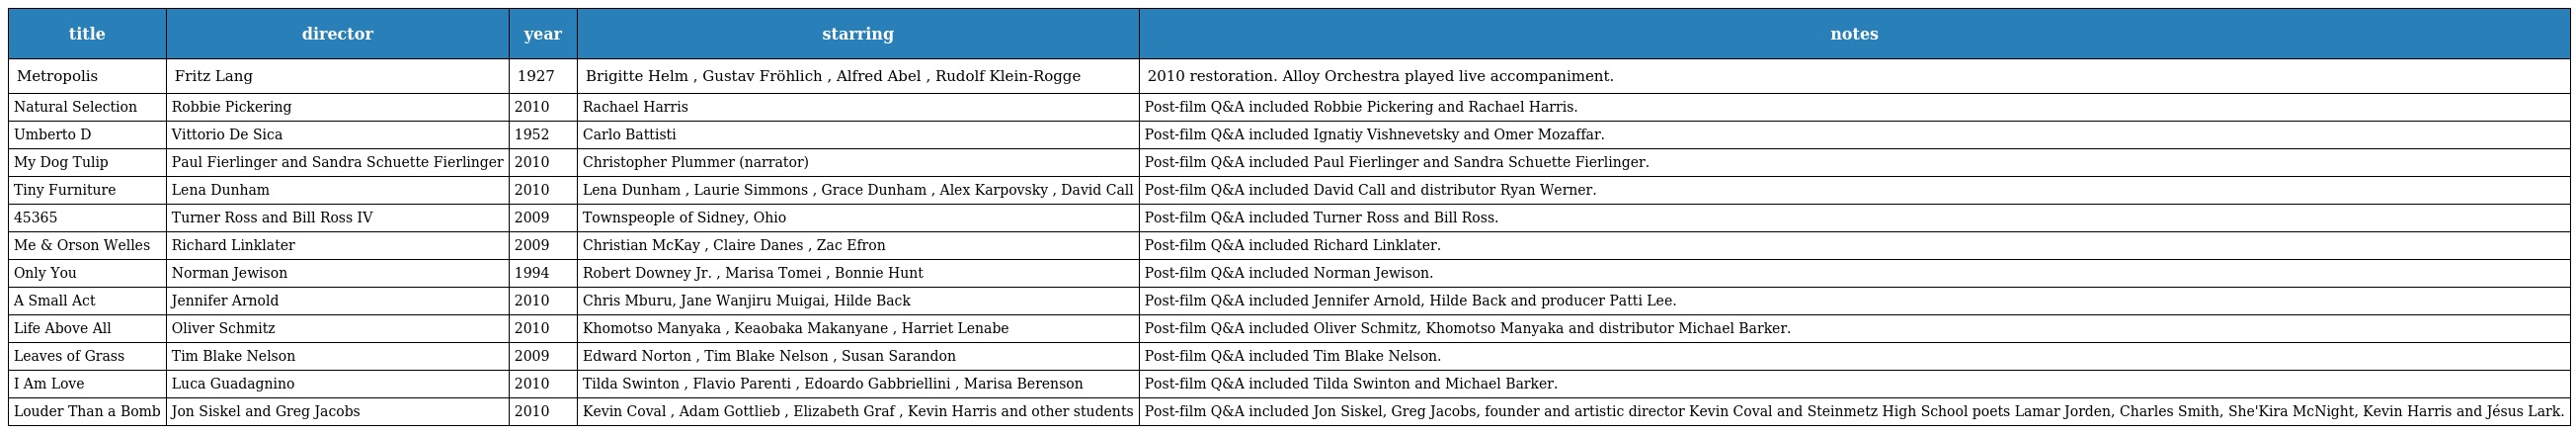
| title | director | year | starring | notes |
 | --- | --- | --- | --- | --- |
 | Metropolis | Fritz Lang | 1927 | Brigitte Helm , Gustav Fröhlich , Alfred Abel , Rudolf Klein-Rogge | 2010 restoration. Alloy Orchestra played live accompaniment. |
 | Natural Selection | Robbie Pickering | 2010 | Rachael Harris | Post-film Q&A included Robbie Pickering and Rachael Harris. |
 | Umberto D | Vittorio De Sica | 1952 | Carlo Battisti | Post-film Q&A included Ignatiy Vishnevetsky and Omer Mozaffar. |
 | My Dog Tulip | Paul Fierlinger and Sandra Schuette Fierlinger | 2010 | Christopher Plummer (narrator) | Post-film Q&A included Paul Fierlinger and Sandra Schuette Fierlinger. |
 | Tiny Furniture | Lena Dunham | 2010 | Lena Dunham , Laurie Simmons , Grace Dunham , Alex Karpovsky , David Call | Post-film Q&A included David Call and distributor Ryan Werner. |
 | 45365 | Turner Ross and Bill Ross IV | 2009 | Townspeople of Sidney, Ohio | Post-film Q&A included Turner Ross and Bill Ross. |
 | Me & Orson Welles | Richard Linklater | 2009 | Christian McKay , Claire Danes , Zac Efron | Post-film Q&A included Richard Linklater. |
 | Only You | Norman Jewison | 1994 | Robert Downey Jr. , Marisa Tomei , Bonnie Hunt | Post-film Q&A included Norman Jewison. |
 | A Small Act | Jennifer Arnold | 2010 | Chris Mburu, Jane Wanjiru Muigai, Hilde Back | Post-film Q&A included Jennifer Arnold, Hilde Back and producer Patti Lee. |
 | Life Above All | Oliver Schmitz | 2010 | Khomotso Manyaka , Keaobaka Makanyane , Harriet Lenabe | Post-film Q&A included Oliver Schmitz, Khomotso Manyaka and distributor Michael Barker. |
 | Leaves of Grass | Tim Blake Nelson | 2009 | Edward Norton , Tim Blake Nelson , Susan Sarandon | Post-film Q&A included Tim Blake Nelson. |
 | I Am Love | Luca Guadagnino | 2010 | Tilda Swinton , Flavio Parenti , Edoardo Gabbriellini , Marisa Berenson | Post-film Q&A included Tilda Swinton and Michael Barker. |
 | Louder Than a Bomb | Jon Siskel and Greg Jacobs | 2010 | Kevin Coval , Adam Gottlieb , Elizabeth Graf , Kevin Harris and other students | Post-film Q&A included Jon Siskel, Greg Jacobs, founder and artistic director Kevin Coval and Steinmetz High School poets Lamar Jorden, Charles Smith, She'Kira McNight, Kevin Harris and Jésus Lark. |